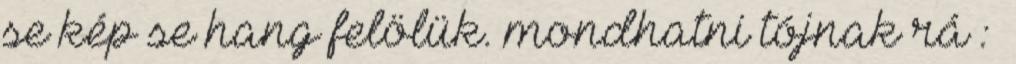
se kép se hang felölük. mondhatni tójnak rá :